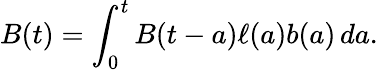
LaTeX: B(t)=\int_{0}^{t}B(t-a)\ell(a)b(a)\, da.